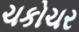
ચકોચર